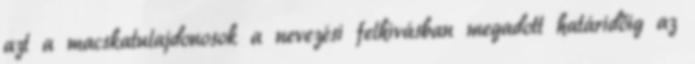
azt a macskatulajdonosok a nevezési felhívásban megadott határidőig az